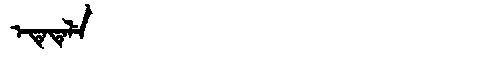
Manchu: ᡝᡨᡝᡨᡝᠯᡝ
Romanization: ETETELE